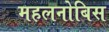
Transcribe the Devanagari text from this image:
महलनोबिस